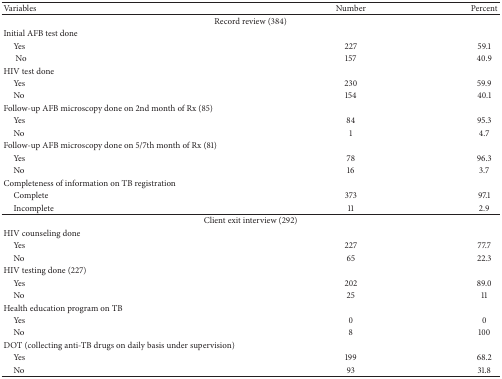
| Variables | Number | Percent |
 | --- | --- | --- |
 | <COLSPAN=3> Record review (384) |
 | Initial AFB test done |  |  |
 | Yes | 227 | 59.1 |
 | No | 157 | 40.9 |
 | HIV test done |  |  |
 | Yes | 230 | 59.9 |
 | No | 154 | 40.1 |
 | Follow-up AFB microscopy done on 2nd month of Rx (85) |  |  |
 | Yes | 84 | 95.3 |
 | No | 1 | 4.7 |
 | Follow-up AFB microscopy done on 5/7th month of Rx (81) |  |  |
 | Yes | 78 | 96.3 |
 | No | 16 | 3.7 |
 | Completeness of information on TB registration |  |  |
 | Complete | 373 | 97.1 |
 | Incomplete | 11 | 2.9 |
 | <COLSPAN=3> Client exit interview (292) |
 | HIV counseling done |  |  |
 | Yes | 227 | 77.7 |
 | No | 65 | 22.3 |
 | HIV testing done (227) |  |  |
 | Yes | 202 | 89.0 |
 | No | 25 | 11 |
 | Health education program on TB |  |  |
 | Yes | 0 | 0 |
 | No | 8 | 100 |
 | DOT (collecting anti-TB drugs on daily basis under supervision) |  |  |
 | Yes | 199 | 68.2 |
 | No | 93 | 31.8 |